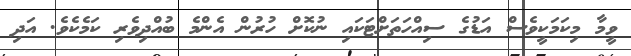
ވީމާ މިކަމަކީވެސް އަޑުގެ ސިއްހަތަށްޓަކައި ނުކޮށް ހުރުން އެންމެ ބުއްދިވެރި ކަމެކެވެ. އަދި